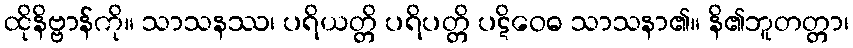
ထိုနိဗ္ဗာန်ကို။ သာသနဿ၊ ပရိယတ္တိ ပရိပတ္တိ ပဋိဝေဓ သာသနာ၏။ နိ၏ဘူတတ္တာ၊